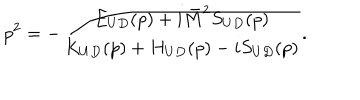
LaTeX: p ^ { 2 } = - \frac { E _ { U D } ( p ) + i \bar { M } ^ { 2 } S _ { U D } ( p ) } { K _ { U D } ( p ) + H _ { U D } ( p ) - i S _ { U D } ( p ) } .